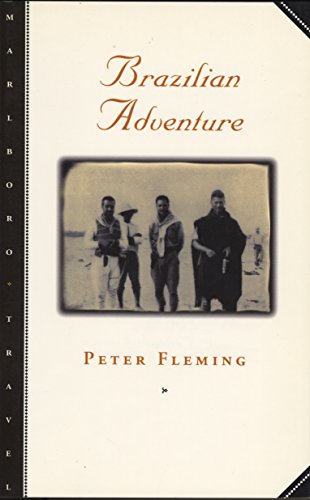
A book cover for Brazilian Adventure; Peter Fleming; Travel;